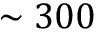
\sim 3 0 0